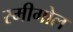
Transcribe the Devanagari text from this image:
स्मीगोल